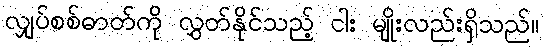
လျှပ်စစ်ဓာတ်ကို လွှတ်နိုင်သည့် ငါး မျိုးလည်းရှိသည်။